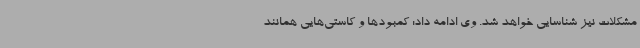
مشکلات نیز شناسایی خواهد شد. وی ادامه داد: کمبودها و کاستی‌هایی همانند